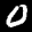
Label: 0